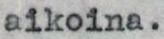
aikoina.